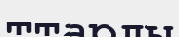
ттарды